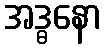
အဒ္ဓနော